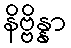
နိဗ္ဗိန္နာ